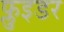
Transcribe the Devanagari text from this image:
फ्लुइडर